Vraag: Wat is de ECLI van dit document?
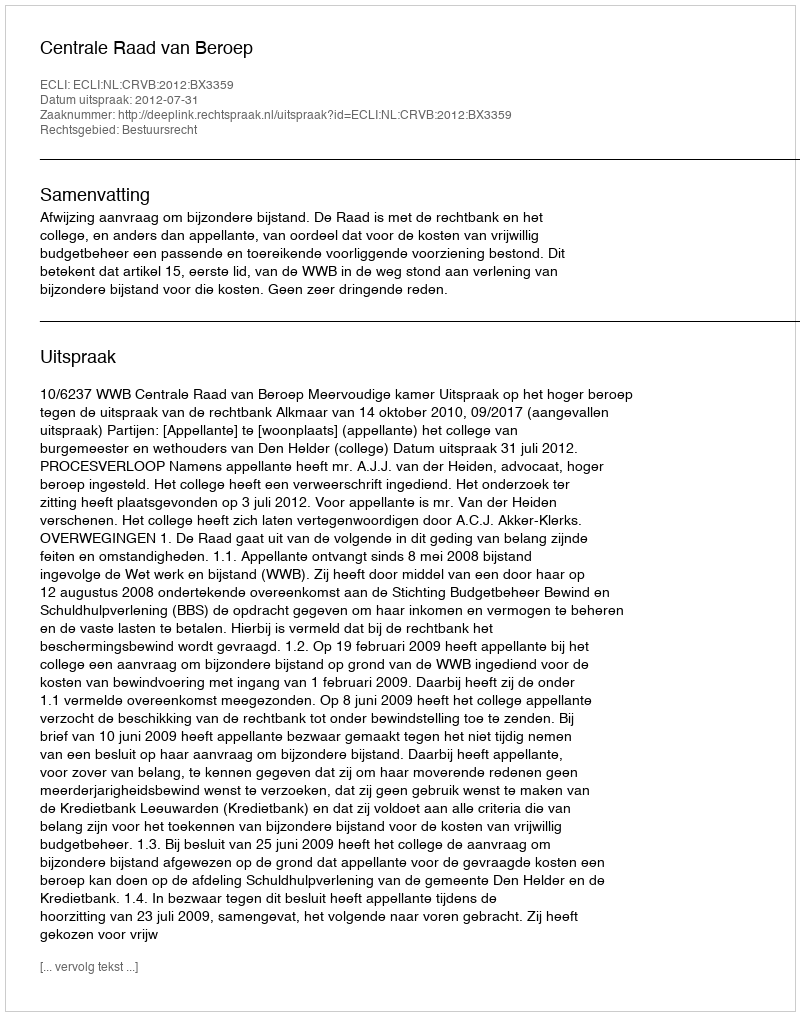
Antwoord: ECLI:NL:CRVB:2012:BX3359